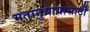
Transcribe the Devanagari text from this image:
मतानुयायांसाठी